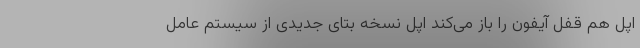
اپل هم قفل آیفون را باز می‌کند اپل نسخه بتای جدیدی از سیستم عامل